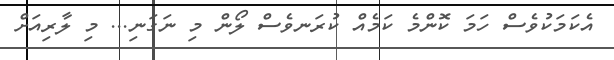
އެކަމަކުވެސް ހަމަ ކޮންމެ ކަމެއް ކުރަނވެސް ލޯން މި ނަގަނި... މި ލާރިއަށް